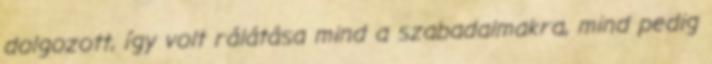
dolgozott, így volt rálátása mind a szabadalmakra, mind pedig